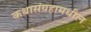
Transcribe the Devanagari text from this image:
कथासंग्रहामधील